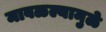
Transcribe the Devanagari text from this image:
मावळल्यामुळे